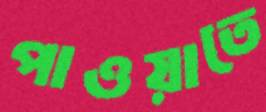
পাওয়াতে